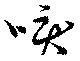
唳